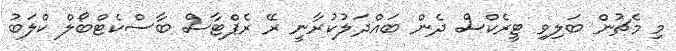
މި މެޗުން ބަލިވި ޓީރެކްސް ދެން ބައްދަލުކުރާނީ ރޭ ރެޕްޓާސް ބާސްކެޓްބޯލް ކްލަބު